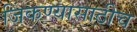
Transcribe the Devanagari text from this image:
जिंकण्यासाठीच